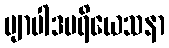
ဗျာပါဒပရိယေသနာ